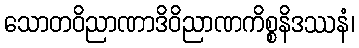
သောတဝိညာဏာဒိဝိညာဏကိစ္စနိဒဿနံ၊